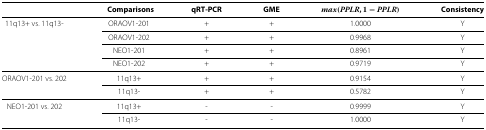
|  | Comparisons | qRT-PCR | GME | m a x ( P P L R ,1− P P L R ) | Consistency |
 | --- | --- | --- | --- | --- | --- |
 | 11q13+ vs. 11q13- | ORAOV1-201 | + | + | 1.0000 | Y |
 |  | ORAOV1-202 | + | + | 0.9968 | Y |
 |  | NEO1-201 | + | + | 0.8961 | Y |
 |  | NEO1-202 | + | + | 0.9719 | Y |
 | ORAOV1-201 vs. 202 | 11q13+ | + | + | 0.9154 | Y |
 |  | 11q13- | + | + | 0.5782 | Y |
 | NEO1-201 vs. 202 | 11q13+ | - | - | 0.9999 | Y |
 |  | 11q13- | - | - | 1.0000 | Y |